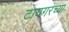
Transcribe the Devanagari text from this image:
टायगरच्या